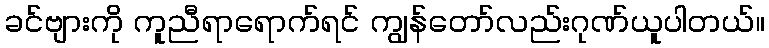
ခင်ဗျားကို ကူညီရာရောက်ရင် ကျွန်တော်လည်းဂုဏ်ယူပါတယ်။